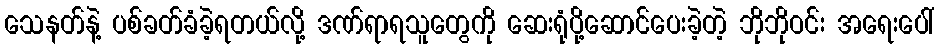
သေနတ်နဲ့ ပစ်ခတ်ခံခဲ့ရတယ်လို့ ဒဏ်ရာရသူတွေကို ဆေးရုံပို့ဆောင်ပေးခဲ့တဲ့ ဘိုဘိုဝင်း အရေးပေါ်